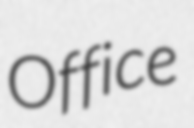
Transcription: Office